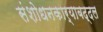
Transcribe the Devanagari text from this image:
संशोधनकार्याबद्दल